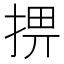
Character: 𢮧